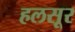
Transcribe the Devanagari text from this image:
हलसूर